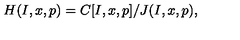
H ( I , x , p ) = C [ I , x , p ] / J ( I , x , p ) ,